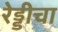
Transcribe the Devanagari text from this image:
रेड्डीचा